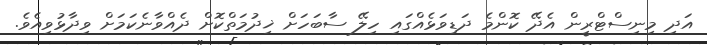
އަދި މިނިސްޓްރީން އެދޭ ކޮންމެ ދަޑިވަޅެއްގައި ހިލޭ ސާބަހަށް ޚިދުމަތްކޮށް ދެއްވާނެކަމަށް ވިދާޅުވިއެވެ.